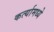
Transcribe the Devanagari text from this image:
कर्त्यामध्ये